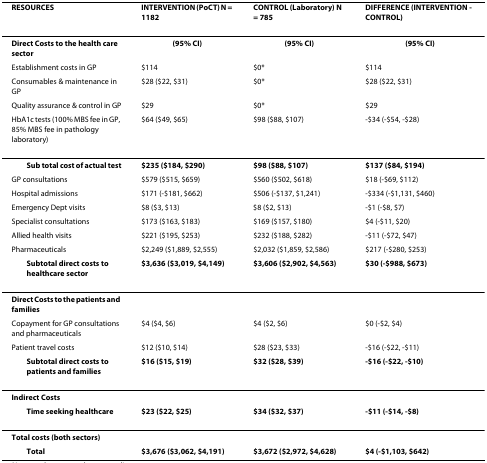
<table><thead><tr><td><b>RESOURCES</b></td><td><b>INTERVENTION (PoCT) N = 1182</b></td><td><b>CONTROL (Laboratory) N = 785</b></td><td><b>DIFFERENCE (INTERVENTION - CONTROL)</b></td></tr></thead><tbody><tr><td><b>Direct Costs to the health care sector</b></td><td><b>(95% CI)</b></td><td><b>(95% CI)</b></td><td><b>(95% CI)</b></td></tr><tr><td>Establishment costs in GP</td><td>$114</td><td>$0*</td><td>$114</td></tr><tr><td>Consumables &amp; maintenance in GP</td><td>$28 ($22, $31)</td><td>$0*</td><td>$28 ($22, $31)</td></tr><tr><td>Quality assurance &amp; control in GP</td><td>$29</td><td>$0*</td><td>$29</td></tr><tr><td>HbA1c tests (100% MBS fee in GP, 85% MBS fee in pathology laboratory)</td><td>$64 ($49, $65)</td><td>$98 ($88, $107)</td><td>-$34 (-$54, -$28)</td></tr><tr><td> <b>Sub total cost of actual test</b></td><td><b>$235 ($184, $290)</b></td><td><b>$98 ($88, $107)</b></td><td><b>$137 ($84, $194)</b></td></tr><tr><td>GP consultations</td><td>$579 ($515, $659)</td><td>$560 ($502, $618)</td><td>$18 (-$69, $112)</td></tr><tr><td>Hospital admissions</td><td>$171 (-$181, $662)</td><td>$506 (-$137, $1,241)</td><td>-$334 (-$1,131, $460)</td></tr><tr><td>Emergency Dept visits</td><td>$8 ($3, $13)</td><td>$8 ($2, $13)</td><td>-$1 (-$8, $7)</td></tr><tr><td>Specialist consultations</td><td>$173 ($163, $183)</td><td>$169 ($157, $180)</td><td>$4 (-$11, $20)</td></tr><tr><td>Allied health visits</td><td>$221 ($195, $253)</td><td>$232 ($188, $282)</td><td>-$11 (-$72, $47)</td></tr><tr><td>Pharmaceuticals</td><td>$2,249 ($1,889, $2,555)</td><td>$2,032 ($1,859, $2,586)</td><td>$217 (-$280, $253)</td></tr><tr><td> <b>Subtotal direct costs to healthcare sector</b></td><td><b>$3,636 ($3,019, $4,149)</b></td><td><b>$3,606 ($2,902, $4,563)</b></td><td><b>$30 (-$988, $673)</b></td></tr><tr><td><b>Direct Costs to the patients and families</b></td><td></td><td></td><td></td></tr><tr><td>Copayment for GP consultations and pharmaceuticals</td><td>$4 ($4, $6)</td><td>$4 ($2, $6)</td><td>$0 (-$2, $4)</td></tr><tr><td>Patient travel costs</td><td>$12 ($10, $14)</td><td>$28 ($23, $33)</td><td>-$16 (-$22, -$11)</td></tr><tr><td> <b>Subtotal direct costs to patients and families</b></td><td><b>$16 ($15, $19)</b></td><td><b>$32 ($28, $39)</b></td><td><b>-$16 (-$22, -$10)</b></td></tr><tr><td><b>Indirect Costs</b></td><td></td><td></td><td></td></tr><tr><td> <b>Time seeking healthcare</b></td><td><b>$23 ($22, $25)</b></td><td><b>$34 ($32, $37)</b></td><td><b>-$11 (-$14, -$8)</b></td></tr><tr><td><b>Total costs (both sectors)</b></td><td></td><td></td><td></td></tr><tr><td> <b>Total</b></td><td><b>$3,676 ($3,062, $4,191)</b></td><td><b>$3,672 ($2,972, $4,628)</b></td><td><b>$4 (-$1,103, $642)</b></td></tr></tbody></table>